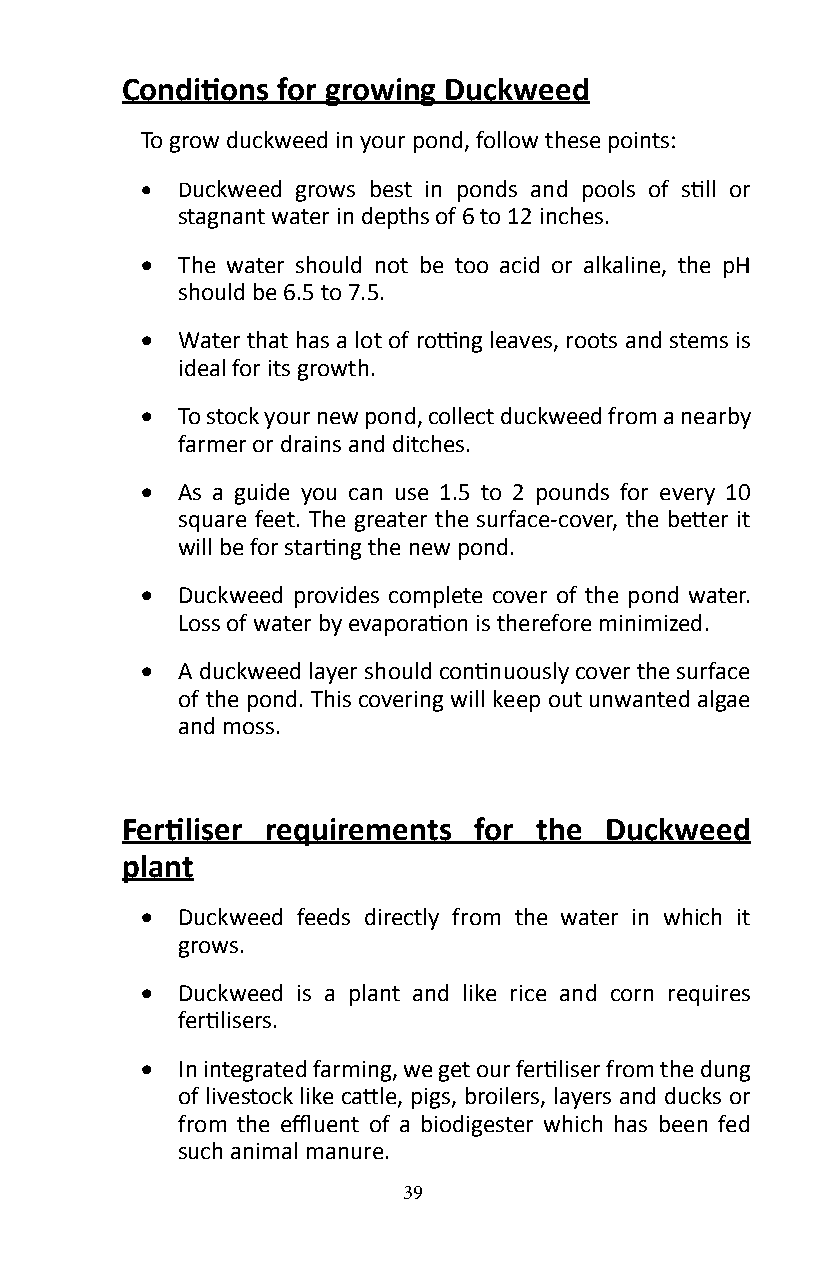
Conditions for growing Duckweed
 To grow duckweed in your pond, follow these points:
 •  Duckweed grows best in ponds and pools of still or
 stagnant water in depths of 6 to 12 inches�
 •  The water should not be too acid or alkaline, the pH
 should be 6�5 to 7�5�
 •  Water that has a lot of rotting leaves, roots and stems is
 ideal for its growth�
 •  To stock your new pond, collect duckweed from a nearby
 farmer or drains and ditches�
 •  As a guide you can use 1�5 to 2 pounds for every 10
 square feet. The greater the surface-cover, the better it
 will be for starting the new pond.
 •  Duckweed provides complete cover of the pond water�
 Loss of water by evaporation is therefore minimized.
 •  A duckweed layer should continuously cover the surface
 of the pond� This covering will keep out unwanted algae
 and moss�
 Fertiliser requirements for the Duckweed
 plant
 •  Duckweed feeds directly from the water in which it
 grows�
 •  Duckweed is a plant and like rice and corn requires
 fertilisers.
 •  In integrated farming, we get our fertiliser from the dung
 of livestock like cattle, pigs, broilers, layers and ducks or
 from the effluent of a biodigester which has been fed
 such animal manure�
 39